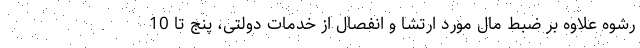
رشوه علاوه بر ضبط مال مورد ارتشا و انفصال از خدمات دولتی، پنج تا 10